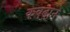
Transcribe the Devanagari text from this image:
कबढ़ाने